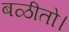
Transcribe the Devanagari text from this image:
बळीतो।